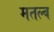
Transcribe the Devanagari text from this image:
मतल्ब